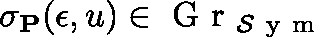
\mathbf { \sigma } _ { \mathbf { P } } ( \epsilon , \mathfrak { u } ) \in \mathrm { ~ G ~ r ~ } _ { \mathcal { S } \mathrm { ~ y ~ m ~ } }